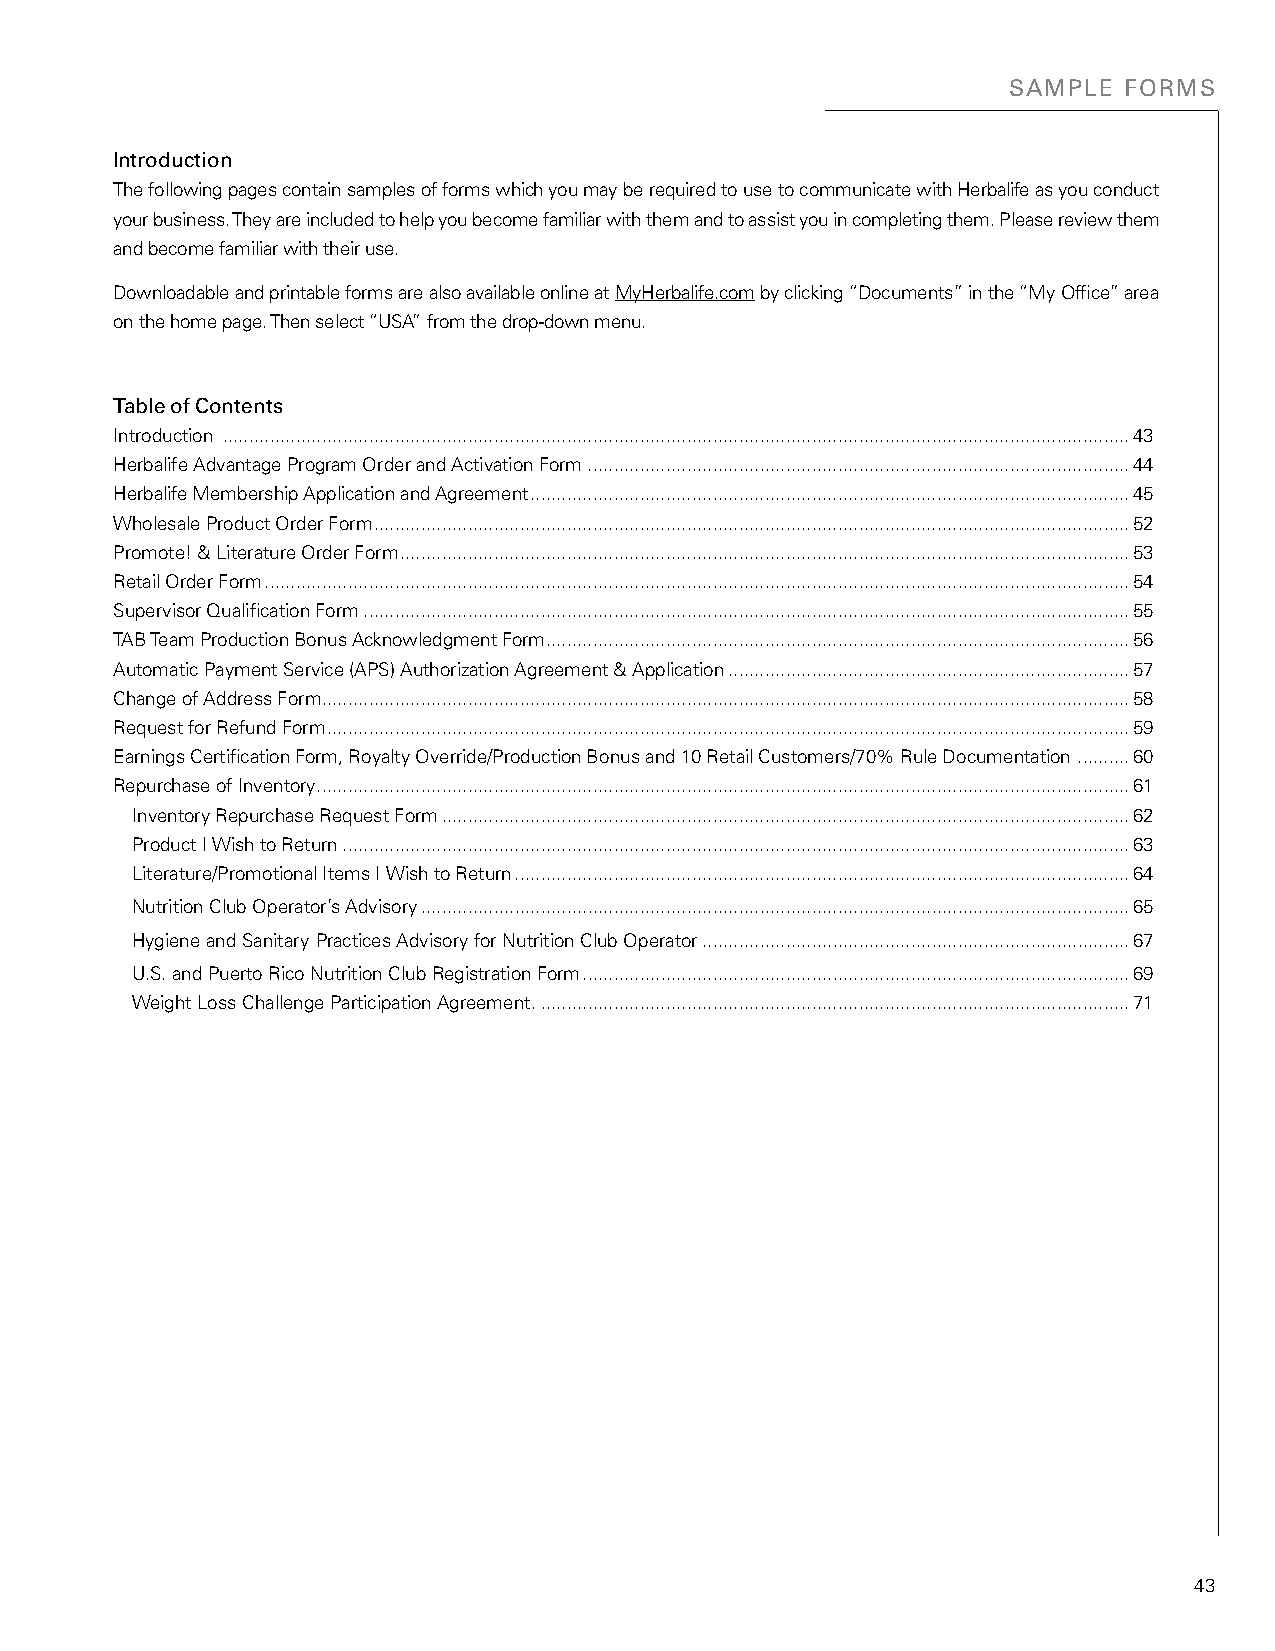
SAMPLE FORMS
 Introduction
 The following pages contain samples of forms which you may be required to use to communicate with Herbalife as you conduct
 your business. They are included to help you become familiar with them and to assist you in completing them. Please review them
 and become familiar with their use.
 Downloadable and printable forms are also available online at MyHerbalife.com by clicking “Documents” in the “My Office” area
 on the home page. Then select “USA” from the drop-down menu.
 Table of Contents
 Introduction ..............................................................................................................................................................................43
 Herbalife Advantage Program Order and Activation Form ........................................................................................................44
 Herbalife Membership Application and Agreement ...................................................................................................................45
 Wholesale Product Order Form .................................................................................................................................................52
 Promote! & Literature Order Form ............................................................................................................................................53
 Retail Order Form ......................................................................................................................................................................54
 Supervisor Qualification Form ...................................................................................................................................................55
 TAB Team Production Bonus Acknowledgment Form ................................................................................................................56
 Automatic Payment Service (APS) Authorization Agreement & Application .............................................................................57
 Change of Address Form ...........................................................................................................................................................58
 Request for Refund Form ..........................................................................................................................................................59
 Earnings Certification Form, Royalty Override/Production Bonus and 10 Retail Customers/70% Rule Documentation ..........60
 Repurchase of Inventory ............................................................................................................................................................61
 Inventory Repurchase Request Form ....................................................................................................................................62
 Product I Wish to Return .......................................................................................................................................................63
 Literature/Promotional Items I Wish to Return ......................................................................................................................64
 Nutrition Club Operator’s Advisory ........................................................................................................................................65
 Hygiene and Sanitary Practices Advisory for Nutrition Club Operator ..................................................................................67
 U.S. and Puerto Rico Nutrition Club Registration Form .........................................................................................................69
 Weight Loss Challenge Participation Agreement. .................................................................................................................71
 43